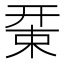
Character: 𢆚